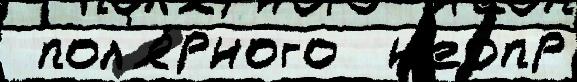
 пол'я́рного  н'еопр